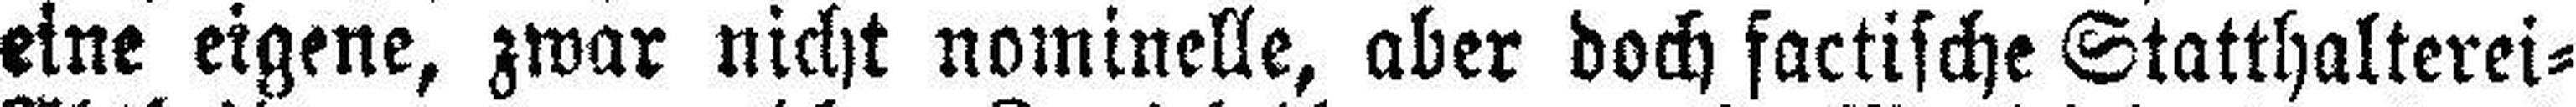
eine eigene, zwar nicht nominelle, aber doch factische Statthalterei=